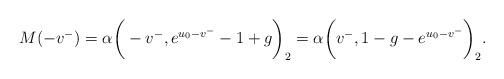
LaTeX: \begin{align*}&M(-v^-)=\alpha\bigg(-v^-,e^{u_0-v^-}-1+g\bigg)_2=\alpha\bigg(v^-,1-g-e^{u_0-v^-}\bigg)_2.\end{align*}